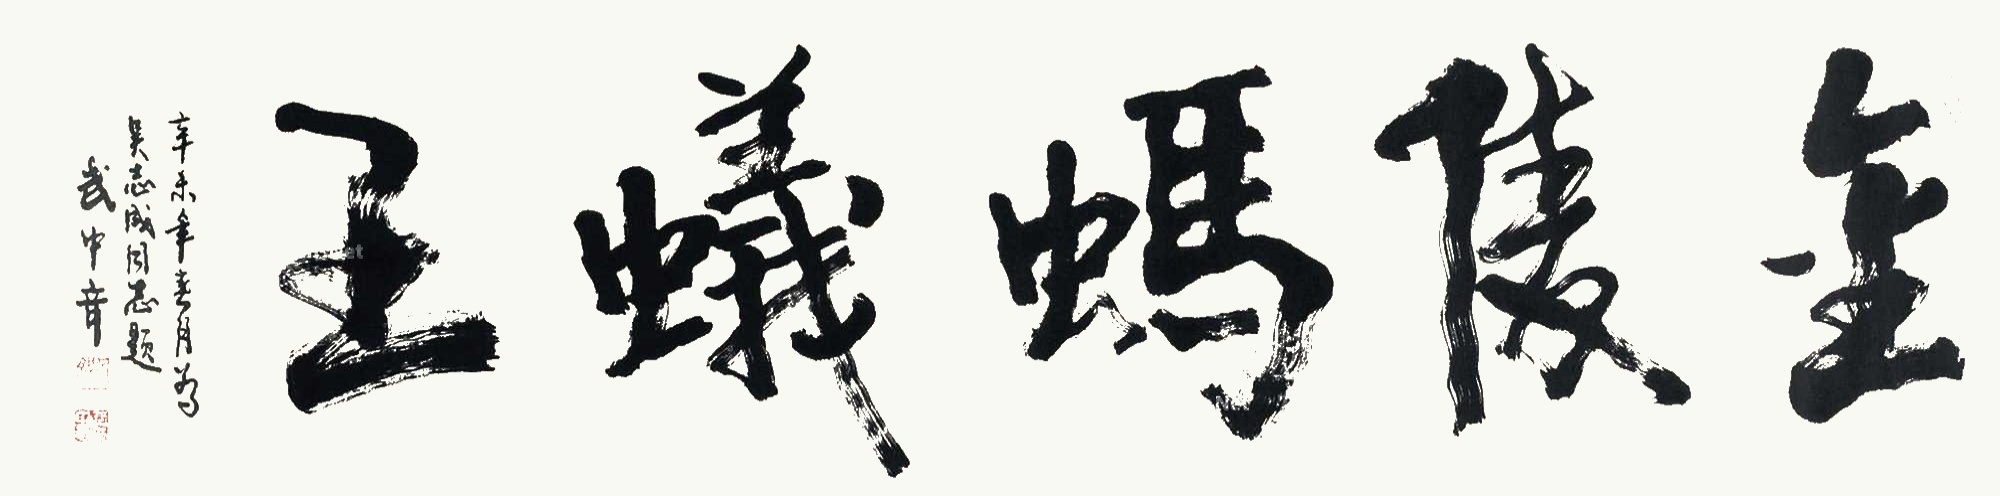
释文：金陵蚂蚁王。辛未年春月，为吴志成同志题，武中奇。